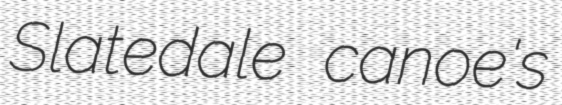
Slatedale canoe's